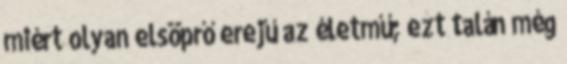
miért olyan elsöprő erejű az életmű; ezt talán még